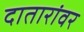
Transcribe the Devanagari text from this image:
दातारांवर